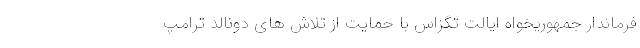
فرماندار جمهوریخواه ایالت تگزاس با حمایت از تلاش های دونالد ترامپ